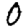
Digit: 0